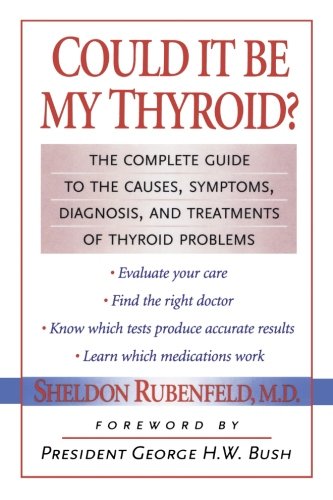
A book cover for Could It Be My Thyroid?: The Complete Guide to the Causes, Symptoms, Diagnosis, and Treatments of Thyroid Problems; Sheldon Rubenfeld; Health, Fitness & Dieting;